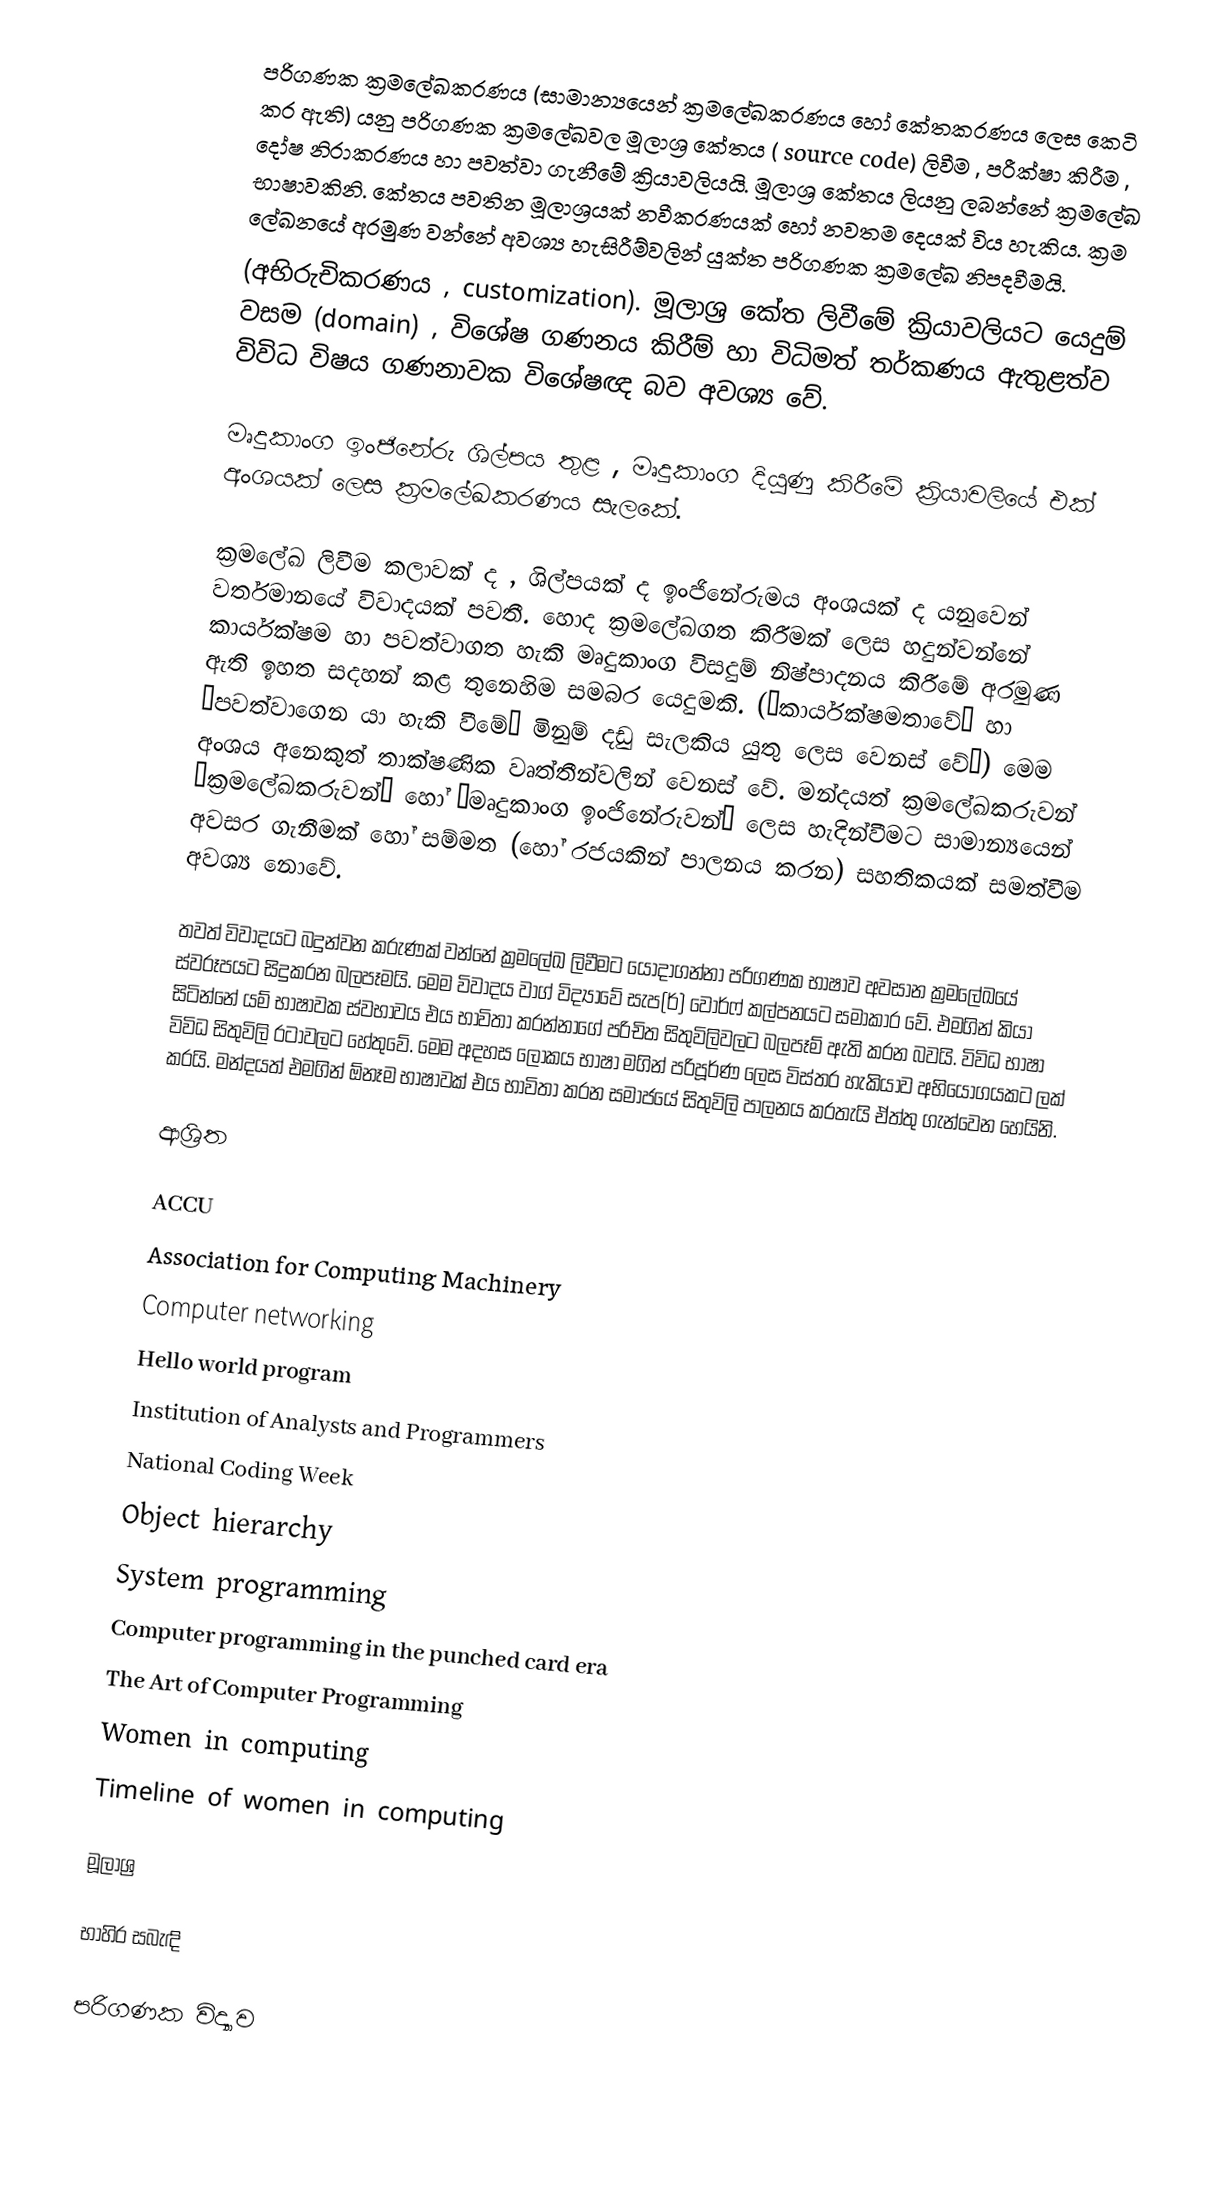
පරිගණක ක්‍රමලේඛකරණය (සාමාන්‍යයෙන් ක්‍රමලේඛකරණය හෝ කේතකරණය ලෙස කෙටි කර ඇති) යනු පරිගණක ක්‍රමලේඛවල මූලාශ්‍ර කේතය ( source code) ලිවීම , පරීක්ෂා කිරීම , දෝෂ නිරාකරණය හා පවත්වා ගැනීමේ ක්‍රියාවලියයි. මූලාශ්‍ර කේතය ලියනු ලබන්නේ ක්‍රමලේඛ භාෂාවකිනි. කේතය පවතින මූලාශ්‍රයක් නවීකරණයක් හෝ නවතම දෙයක් විය හැකිය. ක්‍රම‍ ලේඛනයේ අරමුණ වන්නේ අවශ්‍ය හැසිරීම්වලින් යුක්ත පරිගණක ක්‍රමලේඛ නිපදවීමයි.
(අභිරුචිකරණය , customization). මූලාශ්‍ර කේත ලිවීමේ ක්‍රියාවලියට යෙදුම් වසම (domain) , විශේෂ ගණනය කිරීම් හා විධිමත් තර්කණය ඇතුළත්ව විවිධ විෂය ගණනාවක විශේෂඥ බව අවශ්‍ය වේ.

මෘදුකාංග ඉංජිනේරු ශිල්පය තුළ , මෘදුකාංග දියුණු කිරීමේ ක්‍රියාවලියේ එක් අංශයක් ලෙස ක්‍රමලේඛකරණය සැලකේ.

ක්‍රමලේඛ ලිවීම කලාවක් ද , ශිල්පයක් ද ඉංජිනේරුමය අංශයක් ද යනුවෙන් වර්තමානයේ විවාදයක් පවතී. හොද ක්‍රමලේඛගත කිරීමක් ලෙස හදුන්වන්නේ කාර්යක්ෂම හා පවත්වාගත හැකි මෘදුකාංග විසදුම් නිෂ්පාදනය කිරීමේ අරමුණ ඇති ඉහත සදහන් කළ තුනෙහිම සමබර යෙදුමකි. (‘කාර්යක්ෂමතාවේ’ හා ‘පවත්වාගෙන යා හැකි වීමේ’ මිනුම් දඩු සැලකිය යුතු ලෙස වෙනස් වේ’) මෙම අංශය අනෙකුත් තාක්ෂණික වෘත්තීන්වලින් වෙනස් වේ. මන්දයත් ක්‍රමලේඛකරුවන් ‘ක්‍රමලේඛකරුවන්’ හෝ ‘මෘදුකාංග ඉංජිනේරුවන්’ ලෙස හැදින්වීමට සාමාන්‍යයෙන් අවසර ගැනීමක් හෝ සම්මත (හෝ රජයකින් පාලනය කරන) සහතිකයක් සමත්වීම අවශ්‍ය නොවේ.

තවත් විවාදයට බදුන්වන කරුණක් වන්නේ ක්‍රමලේඛ ලිවීමට යොදාගන්නා පරිගණක භාෂාව අවසාන ක්‍රමලේඛයේ ස්වරූප‍යට සිදුකරන බලපෑමයි. මෙම විවාදය වාග් විද්‍යාවේ සැප(ර්) වෝර්ෆ් කල්පනයට සමාකාර වේ. එමගින් කියා සිටින්නේ යම් භාෂාවක ස්වභාවය එය භාවිතා කරන්නාගේ පරිචිත සිතුවිලිවලට බලපෑම් ඇති කරන බවයි. විවිධ භාෂා විවිධ සිතුවිලි රටාවලට හේතුවේ. මෙම අදහස ලෝකය භාෂා මගින් පරිපූර්ණ ලෙස විස්තර හැකියාව අභියෝගයකට ලක් කරයි. මන්දයත් එමගින්  ඕනෑම භාෂාවක් එය භාවිතා කරන සමාජයේ සිතුවිලි පාලනය කරතැයි ඒත්තු ගැන්වෙන හෙයිනි.

ආශ්‍රිත

ACCU
Association for Computing Machinery
Computer networking
Hello world program
Institution of Analysts and Programmers
National Coding Week
Object hierarchy
System programming
Computer programming in the punched card era
The Art of Computer Programming
Women in computing
Timeline of women in computing

මූලාශ්‍ර

භාහිර සබැඳි

පරිගණක විද්‍යාව